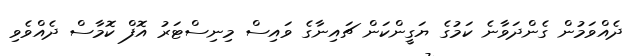
ދެއްވަމުން ގެންދަވާނެ ކަމުގެ ޔަގީންކަން ޗައިނާގެ ވައިސް މިނިސްޓަރު އޮފް ކޮމާސް ދެއްވެވި